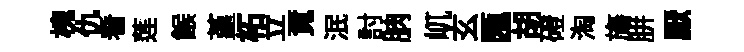
槐仇看莲餱堇柘立覔泯討朒屼玄匯胡磴淘旛胼厭